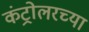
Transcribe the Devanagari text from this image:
कंट्रोलरच्या